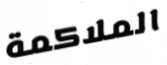
الملاكمة